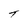
Character: T